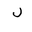
Letter: _lam